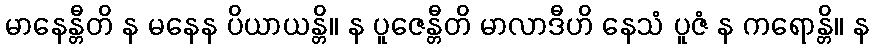
မာနေန္တီတိ န မနေန ပိယာယန္တိ။ န ပူဇေန္တီတိ မာလာဒီဟိ နေသံ ပူဇံ န ကရောန္တိ။ န